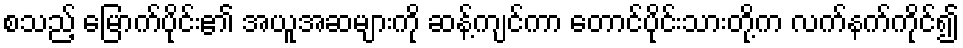
စသည့် မြောက်ပိုင်း၏ အယူအဆများကို ဆန့်ကျင်ကာ တောင်ပိုင်းသားတို့က လက်နက်ကိုင်၍